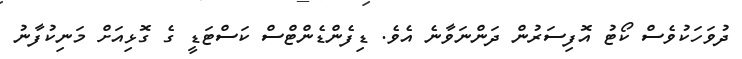
ދުވަހަކުވެސް ކޯޓު އޮފިސަރުން ދަންނަވާނެ އެވެ. ޑިފެންޑެންޓްސް ކަސްޓަޑީ ގެ ގޮޅިއަށް މަނިކުފާނު